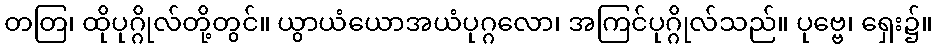
တတြ၊ ထိုပုဂ္ဂိုလ်တို့တွင်။ ယွာယံယောအယံပုဂ္ဂလော၊ အကြင်ပုဂ္ဂိုလ်သည်။ ပုဗ္ဗေ၊ ရှေး၌။